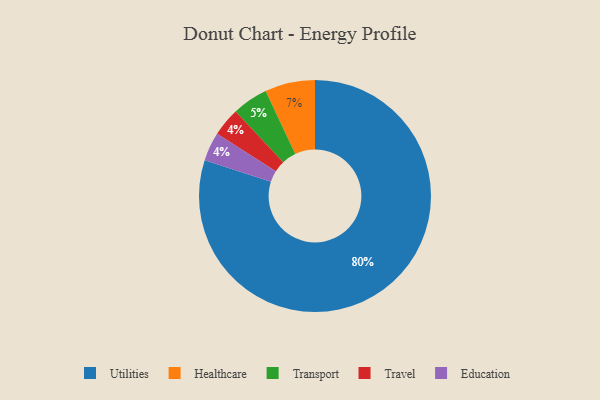
{"axis": {"x": "Category", "y": "Percentage"}, "legend": ["Education", "Healthcare", "Transport", "Travel", "Utilities"], "data": [{"x": "Travel", "y": 4, "type": "Travel"}, {"x": "Education", "y": 4, "type": "Education"}, {"x": "Healthcare", "y": 7, "type": "Healthcare"}, {"x": "Utilities", "y": 80, "type": "Utilities"}, {"x": "Transport", "y": 5, "type": "Transport"}]}